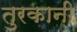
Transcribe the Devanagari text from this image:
तुरकानी